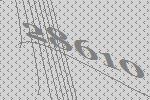
28610